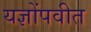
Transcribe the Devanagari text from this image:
यज्ञोंपवीत